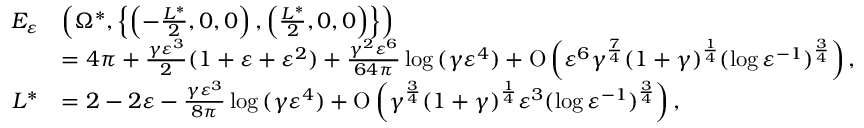
\begin{array} { r l } { E _ { \varepsilon } } & { \left( \Omega ^ { \ast } , \left\{ \left( - \frac { L ^ { \ast } } { 2 } , 0 , 0 \right) , \left( \frac { L ^ { \ast } } { 2 } , 0 , 0 \right) \right\} \right) } \\ & { = 4 \pi + \frac { \gamma \varepsilon ^ { 3 } } { 2 } ( 1 + \varepsilon + \varepsilon ^ { 2 } ) + \frac { \gamma ^ { 2 } \varepsilon ^ { 6 } } { 6 4 \pi } \log { ( \gamma \varepsilon ^ { 4 } ) } + \ensuremath { \operatorname { O } \left( \varepsilon ^ { 6 } \gamma ^ { \frac { 7 } { 4 } } ( 1 + \gamma ) ^ { \frac { 1 } { 4 } } ( \log { \varepsilon ^ { - 1 } } ) ^ { \frac { 3 } { 4 } } \right) } , } \\ { L ^ { \ast } } & { = 2 - 2 \varepsilon - \frac { \gamma \varepsilon ^ { 3 } } { 8 \pi } \log { ( \gamma \varepsilon ^ { 4 } ) } + \ensuremath { \operatorname { O } \left( \gamma ^ { \frac { 3 } { 4 } } ( 1 + \gamma ) ^ { \frac { 1 } { 4 } } \varepsilon ^ { 3 } ( \log { \varepsilon ^ { - 1 } } ) ^ { \frac { 3 } { 4 } } \right) } , } \end{array}